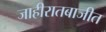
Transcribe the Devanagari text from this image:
जाहीरातबाजीत